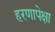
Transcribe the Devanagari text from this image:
हरणापेक्षा